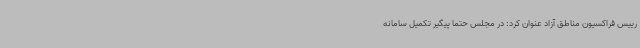
رییس فراکسیون مناطق آزاد عنوان کرد: در مجلس حتما پیگیر تکمیل سامانه